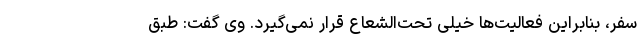
سفر، بنابراین فعالیت‌ها خیلی تحت‌الشعاع قرار نمی‌گیرد. وی گفت: طبق